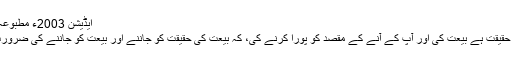
ایڈیشن 2003ء مطبوعہ ربوہ)
پس یہ حقیقت ہے بیعت کی اور آپ کے آنے کے مقصد کو پورا کرنے کی، کہ بیعت کی حقیقت کو جاننے اور بیعت کو جاننے کی ضرورت ہے۔